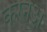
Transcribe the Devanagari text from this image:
करनअ